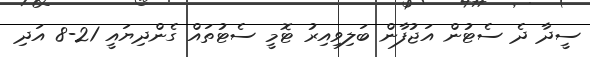
ސީދާ ދެ ސެޓުން އަޖުފާން ބަލިވިއިރު ޓޮމީ ސެޓުތައް ގެންދިޔައީ 21-8 އަދި